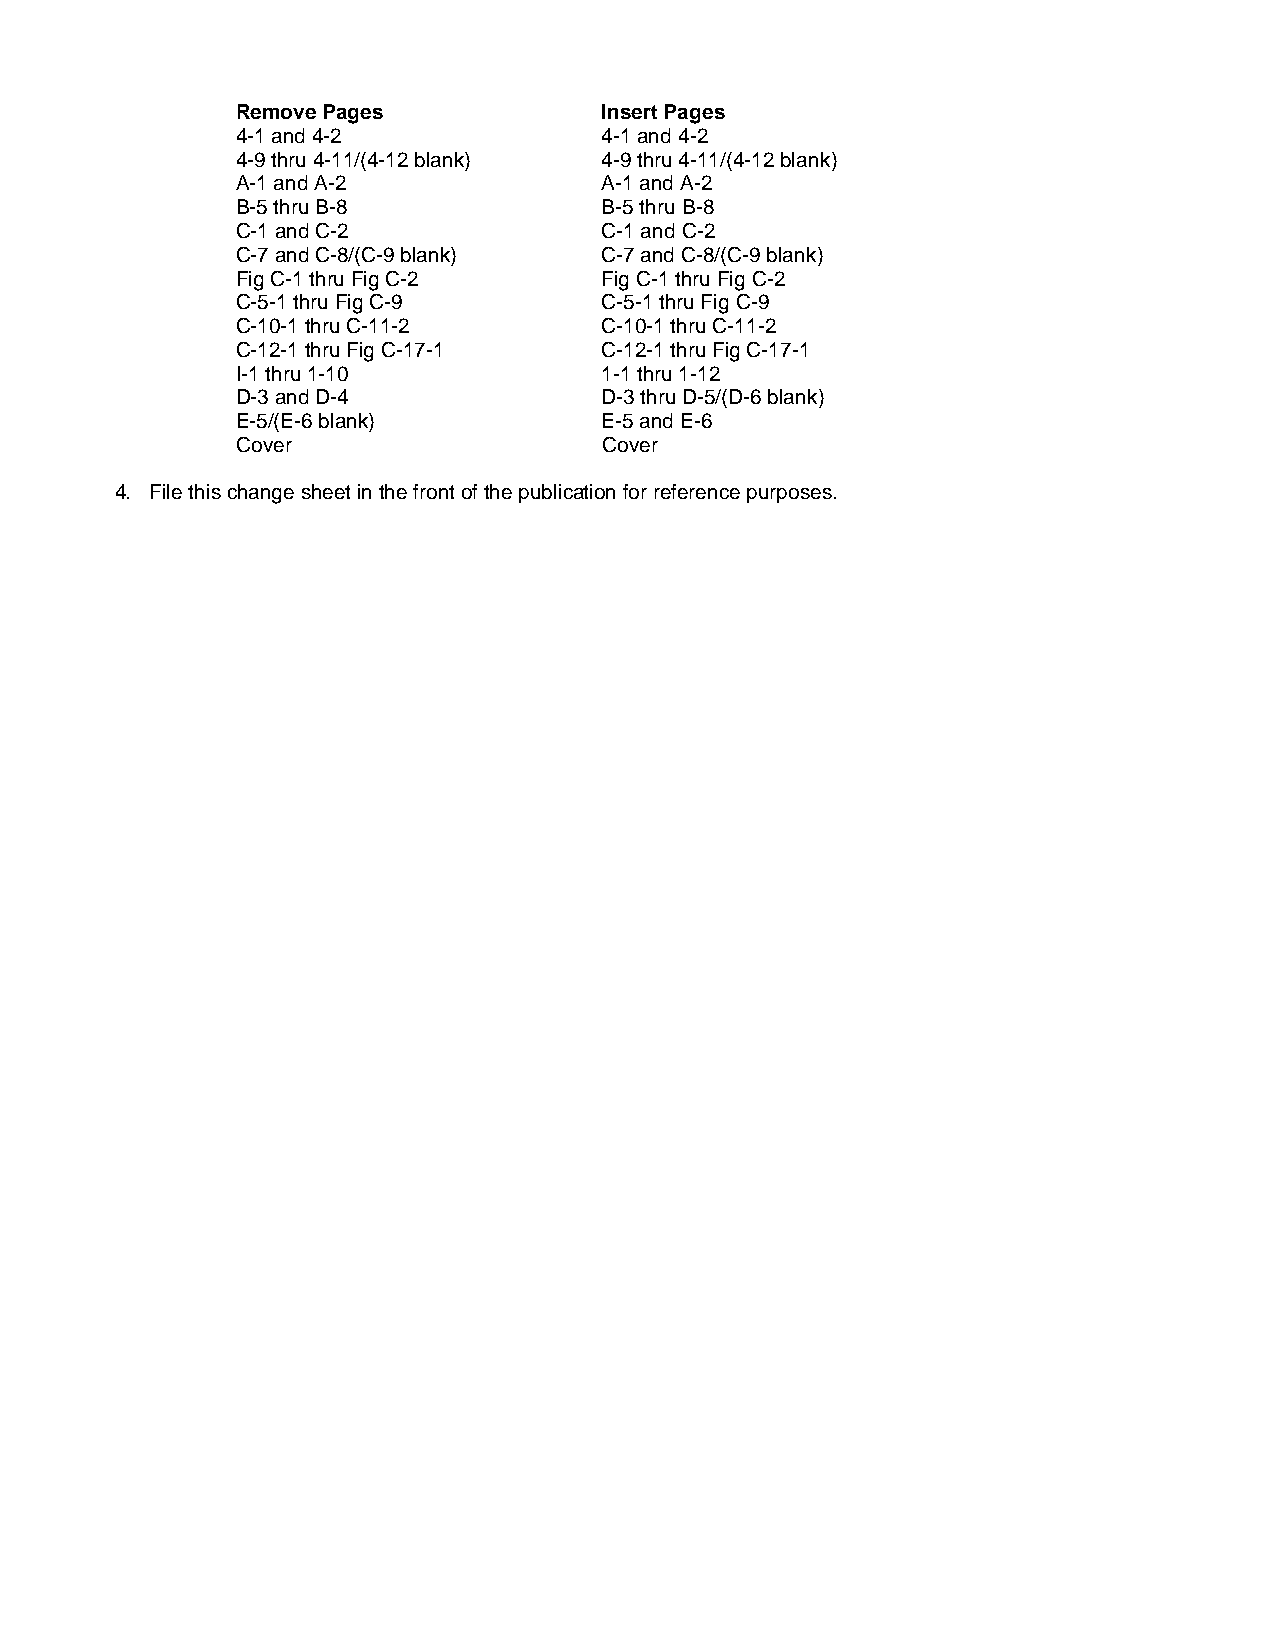
Remove Pages            Insert Pages
 4-1 and 4-2             4-1 and 4-2
 4-9 thru 4-11/(4-12 blank) 4-9 thru 4-11/(4-12 blank)
 A-1 and A-2             A-1 and A-2
 B-5 thru B-8            B-5 thru B-8
 C-1 and C-2             C-1 and C-2
 C-7 and C-8/(C-9 blank) C-7 and C-8/(C-9 blank)
 Fig C-1 thru Fig C-2    Fig C-1 thru Fig C-2
 C-5-1 thru Fig C-9      C-5-1 thru Fig C-9
 C-10-1 thru C-11-2      C-10-1 thru C-11-2
 C-12-1 thru Fig C-17-1  C-12-1 thru Fig C-17-1
 I-1 thru 1-10           1-1 thru 1-12
 D-3 and D-4             D-3 thru D-5/(D-6 blank)
 E-5/(E-6 blank)         E-5 and E-6
 Cover                   Cover
 4. File this change sheet in the front of the publication for reference purposes.